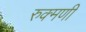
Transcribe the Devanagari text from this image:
रुक्‍मणी